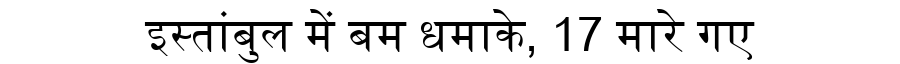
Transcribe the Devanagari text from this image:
इस्तांबुल में बम धमाके, 17 मारे गए